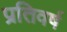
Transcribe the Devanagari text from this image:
प्रतिवर्ष